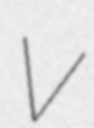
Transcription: V